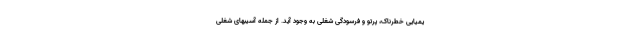
یمیایی خطرناک، پرتو و فرسودگی شغلی به وجود آید. از جمله آسیبهای شغلی